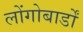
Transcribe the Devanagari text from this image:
लोंगोबार्डों